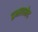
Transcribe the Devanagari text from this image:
प्रभावभेद